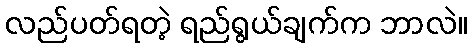
လည်ပတ်ရတဲ့ ရည်ရွယ်ချက်က ဘာလဲ။